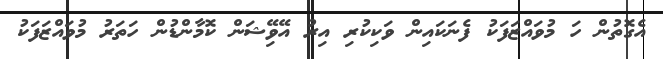
އެގޮތުން ހަ މުވައްޒަފަކު ފެނަކައިން ވަކިކުރި އިރު އޭވިޭޝަން ކޮމާންޑުން ހަތަރު މުވައްޒަފަކު